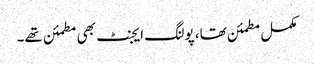
مکمل مطمئن تھا، پولنگ ایجنٹ بھی مطمئن تھے۔